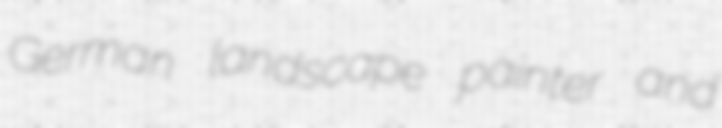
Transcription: German landscape painter and